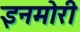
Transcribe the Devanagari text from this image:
इनमोरी